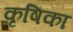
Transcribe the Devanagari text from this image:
कृषिका